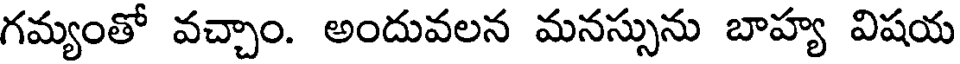
గమ్యంతో వచ్చాం. అందువలన మనస్సును బాహ్య విషయ